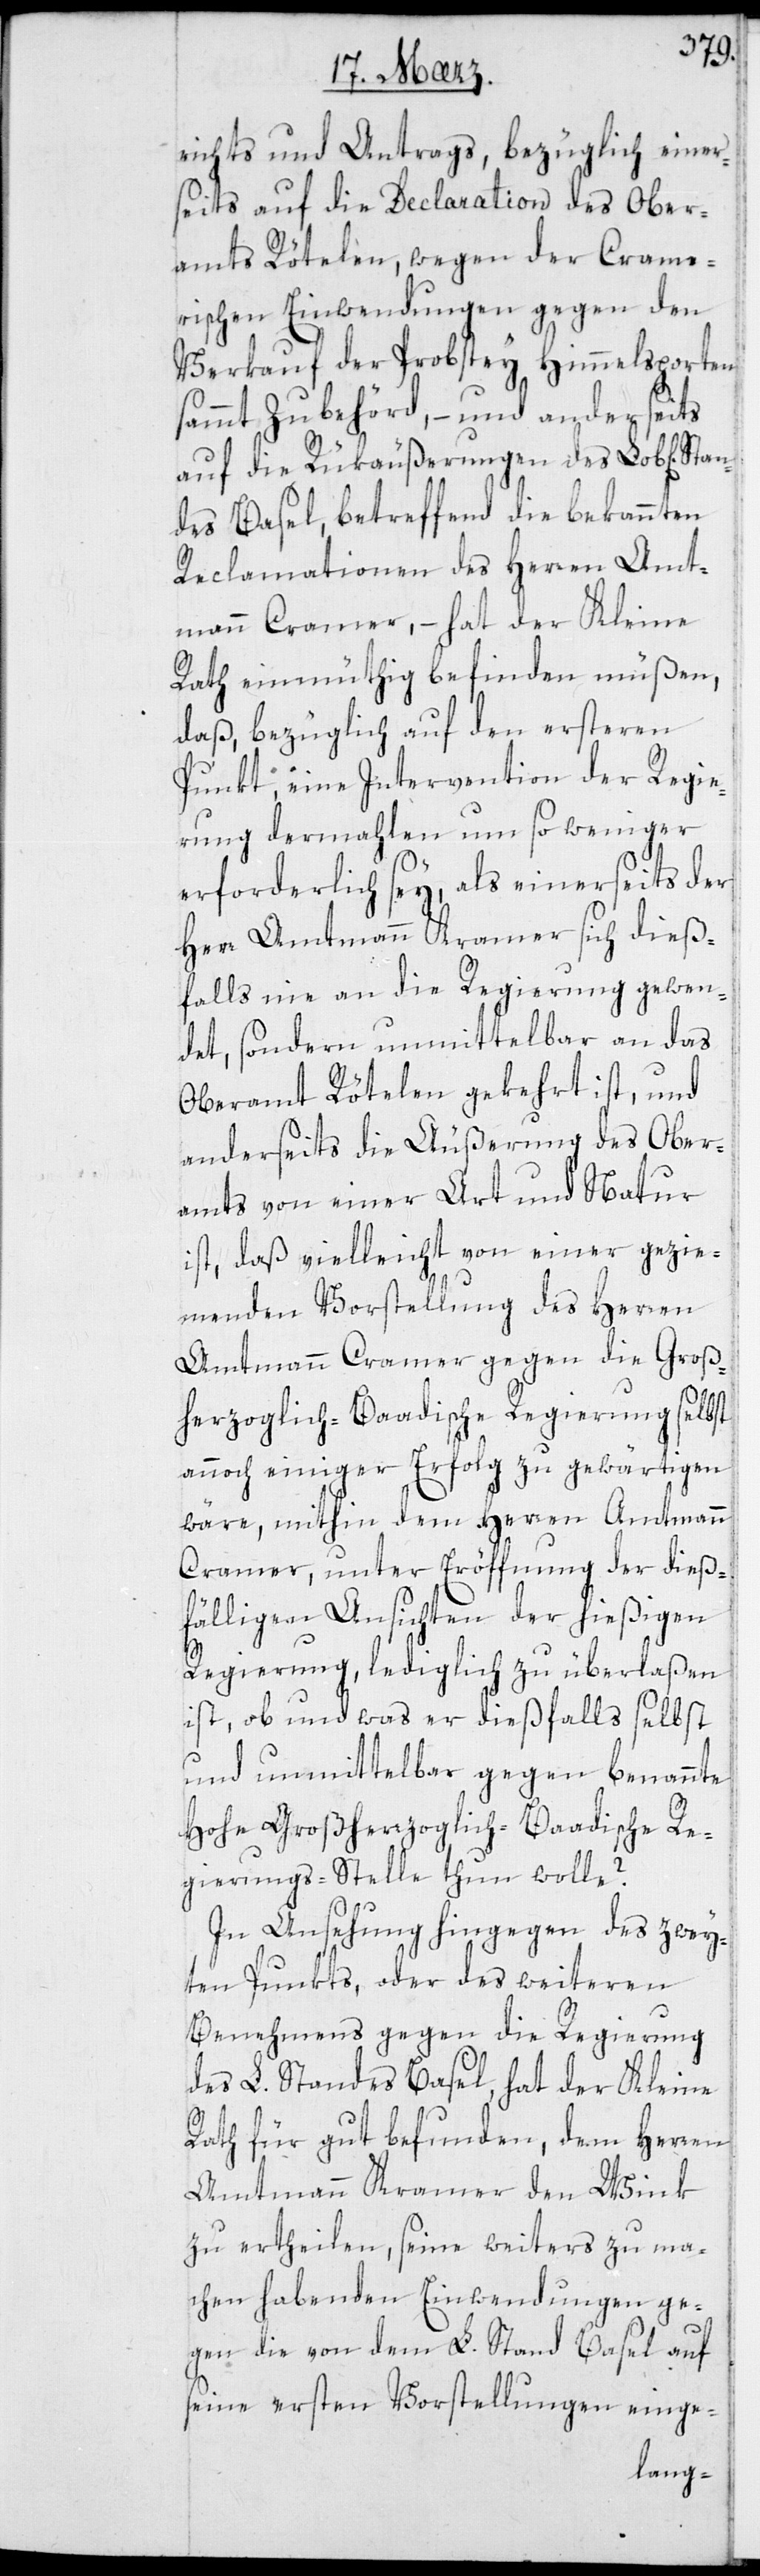
B¬
erichts und Antrags, bezüglich einer¬
seits auf die Declaration des Ober¬
amts Rötelen, wegen der Crame¬
rischen [sic!] Einwendungen gegen den
Verkauf der Probstey Himmelsporten
sammt Zubehörd, – und anderseits
auf die Rükäußerungen des Lob[lichen]
des Basel, betreffend die bekannten
Reclamationen des Herren Amt¬
mann Cramer, – hat der Kleine
Rath einmüthig befinden müßen,
daß bezüglich auf den ersteren
Punkt eine Inervention der Regie¬
rung dermahlen um so weniger
erforderlich sey, als einerseits der
Herr Ammtmann Kramer sich dieß¬
falls nie an die Regierung gewen¬
det, sondern unmittelbar an das
Oberamt Rötelen gekehrt ist, und
anderseits die Äußerung des Ober¬
amts von einer Art und Natur
ist, daß vielleicht von einer gezie¬
menden Vorstellung des Herren
Amtmann Cramer gegen die Groß¬
herzoglich-Badische Regierung selbst,
annoch einiger Erfolg zu gewärtigen
wäre, mithin dem Herren Amtmann
Kramer, unter Eröffnung der dieß¬
fälligen Ansichten der hießigen
Regierung, lediglich zu überlaßen
ist, ob und was er diesfalls selbst
und unmittelbar gegen benannte
hohe Großherzoglich-Badische Re¬
gierungs-Stelle tun wolle?
In Ansehung hingegen des zwey¬
ten Punkts, oder des weiteren
Benehmens gegen die Regierung
des L. Standes Basel, hat der Kleine
Rath für gut befunden, dem Herren
Amtmann Kramer den Wink
zu ertheilen, seine weiters zu ma¬
chen habenden Einwendungen ge¬
gen die von dem L. Stand Basel auf
seine ersten Vorstellungen einge-
Stan¬